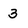
Character: 3